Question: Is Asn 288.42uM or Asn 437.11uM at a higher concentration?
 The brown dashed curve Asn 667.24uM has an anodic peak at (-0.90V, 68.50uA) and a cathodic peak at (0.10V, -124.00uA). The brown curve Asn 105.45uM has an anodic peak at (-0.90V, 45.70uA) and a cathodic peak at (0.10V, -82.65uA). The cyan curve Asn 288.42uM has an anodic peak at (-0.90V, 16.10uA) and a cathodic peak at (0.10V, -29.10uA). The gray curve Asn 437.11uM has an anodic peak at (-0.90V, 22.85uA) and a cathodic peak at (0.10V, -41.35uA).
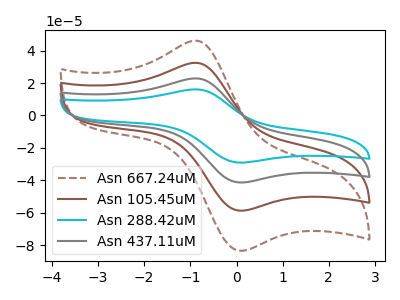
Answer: <think>All the peaks in "Asn 288.42uM" have a peak in "Asn 437.11uM" at the same potential. Every peak in "Asn 288.42uM" is lower than every peak in "Asn 437.11uM".
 </think>
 <answer>"Asn 288.42uM" has less signal than "Asn 437.11uM" and so likely has a lower concentration.</answer>
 <eval>less_concentration</eval>